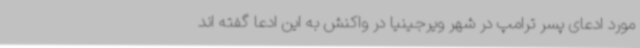
مورد ادعای پسر ترامپ در شهر ویرجینیا در واکنش به این ادعا گفته اند